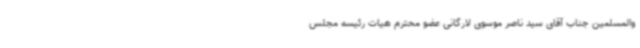
والمسلمین جناب آقای سید ناصر موسوی لارگانی عضو محترم هیات رئیسه مجلس